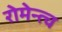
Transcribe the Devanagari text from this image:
रोमेन्त्च